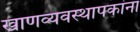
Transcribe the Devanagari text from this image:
खाणव्यवस्थापकांना